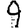
Digit: 9